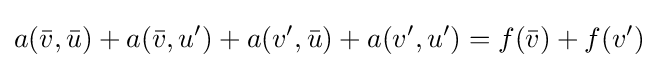
a({\bar {v}},{\bar {u}})+a({\bar {v}},u')+a(v',{\bar {u}})+a(v',u')=f({\bar {v}})+f(v')